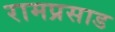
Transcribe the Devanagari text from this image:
रामप्रसाड